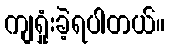
ကျရှုံးခဲ့ရပါတယ်။